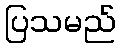
ပြသမည်